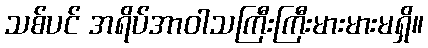
သစ်ပင် အရိပ်အာဝါသကြီးကြီးမားမားမရှိ။